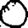
Digit: 0